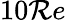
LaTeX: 10\mathcal{R}e